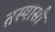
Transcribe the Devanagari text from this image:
तस्यासौ